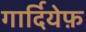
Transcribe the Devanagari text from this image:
गार्दियेफ़